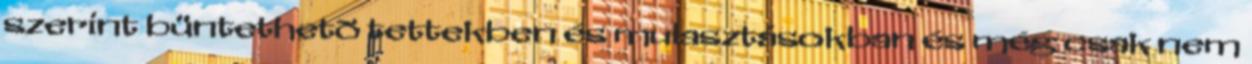
szerint büntethetõ tettekben és mulasztásokban és még csak nem